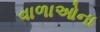
વાળાઓના